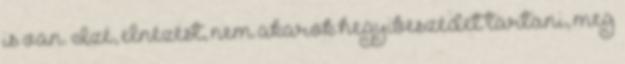
is van. Izé, elnézést, nem akarok hegyibeszédet tartani, meg